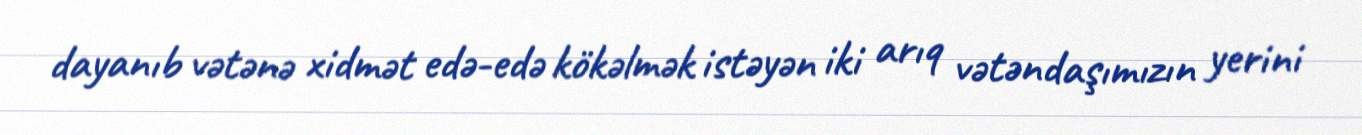
dayanıb vətənə xidmət edə-edə kökəlmək istəyən iki arıq vətəndaşımızın yerini